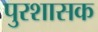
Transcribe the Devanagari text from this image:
पुरशासक